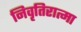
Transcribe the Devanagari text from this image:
निवृतिरात्मा